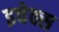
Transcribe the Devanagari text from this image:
इचेक्स